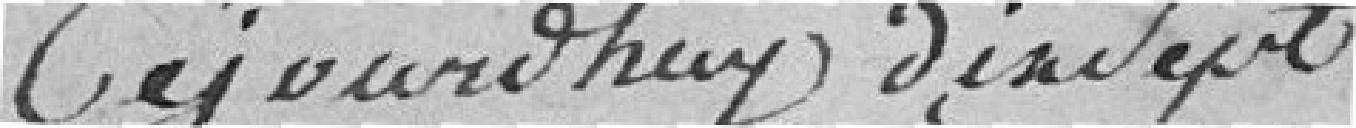
Cejourd'huy, dix Sept